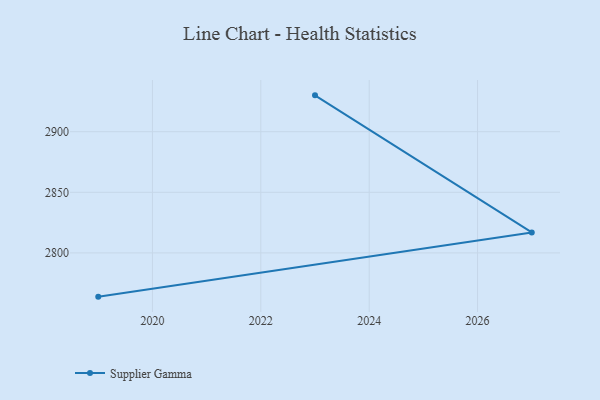
{"axis": {"x": "Year", "y": "Operating Costs (USD K)"}, "legend": ["Supplier Gamma"], "data": [{"x": "2023", "y": 2930.0, "type": "Supplier Gamma"}, {"x": "2027", "y": 2816.9, "type": "Supplier Gamma"}, {"x": "2019", "y": 2763.9, "type": "Supplier Gamma"}]}